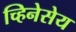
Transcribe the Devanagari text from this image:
च्हिनेसेय